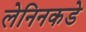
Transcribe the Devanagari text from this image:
लेनिनकडे